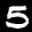
Label: 5